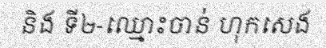
និង ទី២-ឈ្មោះចាន់ ហុកសេង